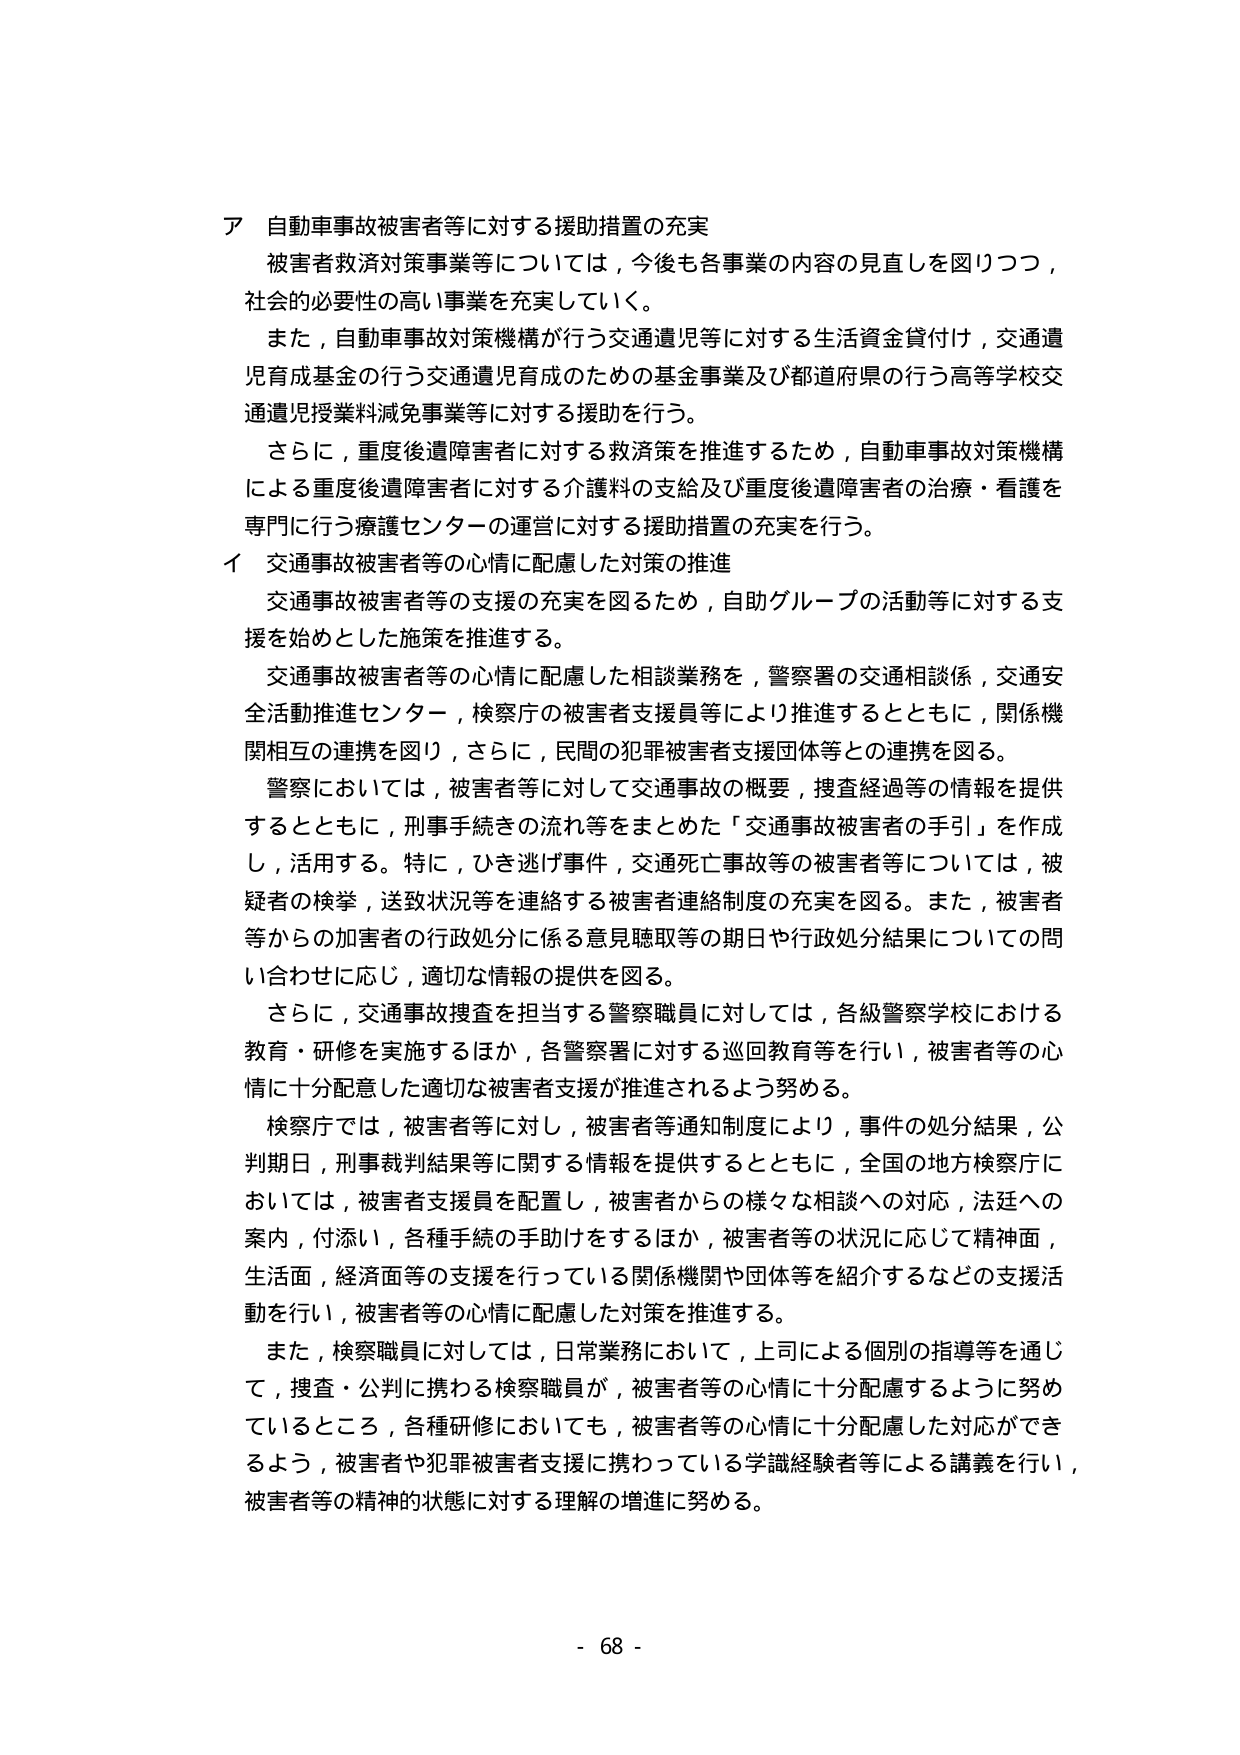
ア 自動車事故被害者等に対する援助措置の充実
被害者救済対策事業等については，今後も各事業の内容の見直しを図りつつ，
社会的必要性の高い事業を充実していく。
また，自動車事故対策機構が行う交通遺児等に対する生活資金貸付け，交通遺
児育成基金の行う交通遺児育成のための基金事業及び都道府県の行う高等学校交
通遺児授業料減免事業等に対する援助を行う。
さらに，重度後遺障害者に対する救済策を推進するため，自動車事故対策機構
による重度後遺障害者に対する介護料の支給及び重度後遺障害者の治療・看護を
専門に行う療護センターの運営に対する援助措置の充実を行う。
イ 交通事故被害者等の心情に配慮した対策の推進
交通事故被害者等の支援の充実を図るため，自助グループの活動等に対する支
援を始めとした施策を推進する。
交通事故被害者等の心情に配慮した相談業務を，警察署の交通相談係，交通安
全活動推進センター，検察庁の被害者支援員等により推進するとともに，関係機
関相互の連携を図り，さらに，民間の犯罪被害者支援団体等との連携を図る。
警察においては，被害者等に対して交通事故の概要，捜査経過等の情報を提供
するとともに，刑事手続等の流れ等をまとめた「交通事故被害者の手引」を作成
し，活用する。特に，ひき逃げ事件，交通死亡事故等の被害者等については，被
疑者の検挙，送致状況等を連絡する被害者連絡制度の充実を図る。また，被害者
等からの加害者の行政処分に係る意見聴取等の期日や行政処分結果についての問
い合わせに応じ，適切な情報の提供を図る。
さらに，交通事故捜査を担当する警察職員に対しては，各級警察学校における
教育・研修を実施するほか，各警察署に対する巡回教育等を行い，被害者等の心
情に十分配意した適切な被害者支援が推進されるよう努める。
検察庁では，被害者等に対し，被害者等通知制度により，事件の処分結果，公
判期日，刑事裁判結果等に関する情報を提供するとともに，全国の地方検察庁に
おいては，被害者支援員を配置し，被害者からの様々な相談への対応，法廷への
案内，付添い，各種手続の手助けをするほか，被害者等の状況に応じて精神面，
生活面，経済面等の支援を行っている関係機関や団体等を紹介するなどの支援活
動を行い，被害者等の心情に配慮した対策を推進する。
また，検察職員に対しては，日常業務において，上司による個別の指導等を通じ
て，捜査・公判に携わる検察職員が，被害者等の心情に十分配慮するように努め
ているところ，各種研修においても，被害者等の心情に十分配慮した対応ができ
るよう，被害者や犯罪被害者支援に携わっている学識経験者等による講義を行い，
被害者等の精神的状態に対する理解の増進に努める。
- 68 -